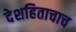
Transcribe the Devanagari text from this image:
देशहिताचाच